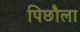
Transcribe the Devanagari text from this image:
पिछौला